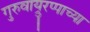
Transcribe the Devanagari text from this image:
गुरुवाय्रुरप्पाच्या